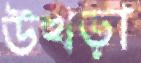
উখড়া